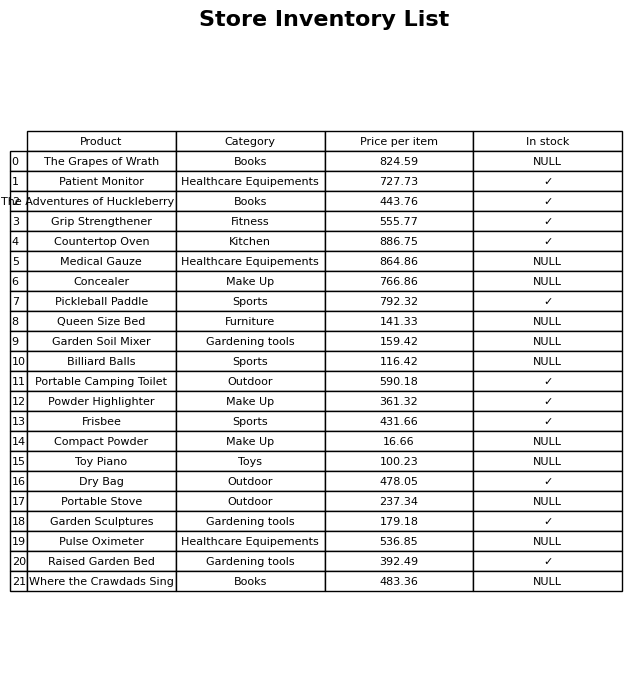
question: Which products are available in stock?
answer: Patient Monitor, The Adventures of Huckleberry Finn, Grip Strengthener, Countertop Oven, Pickleball Paddle, Portable Camping Toilet, Powder Highlighter, Frisbee, Dry Bag, Garden Sculptures, Raised Garden Bed